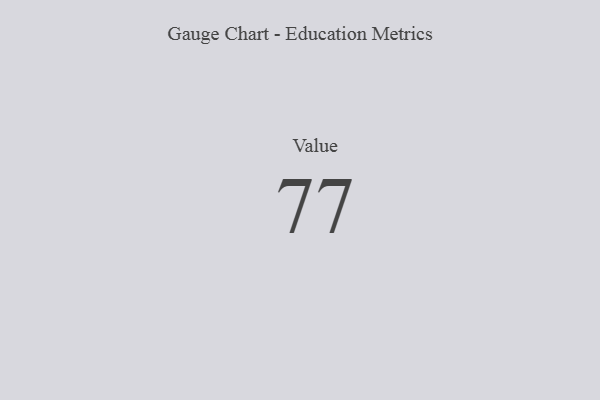
{"axis": {"x": "Metric", "y": "Value"}, "legend": [""], "data": [{"x": "Value", "y": 77, "type": ""}]}